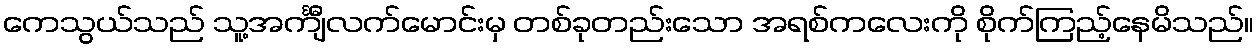
ကေသွယ်သည် သူ့အင်္ကျီလက်မောင်းမှ တစ်ခုတည်းသော အရစ်ကလေးကို စိုက်ကြည့်နေမိသည်။